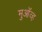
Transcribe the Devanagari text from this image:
मुऑव्ह